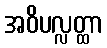
အဝိပလ္လတ္ထာ